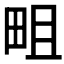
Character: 𤱌